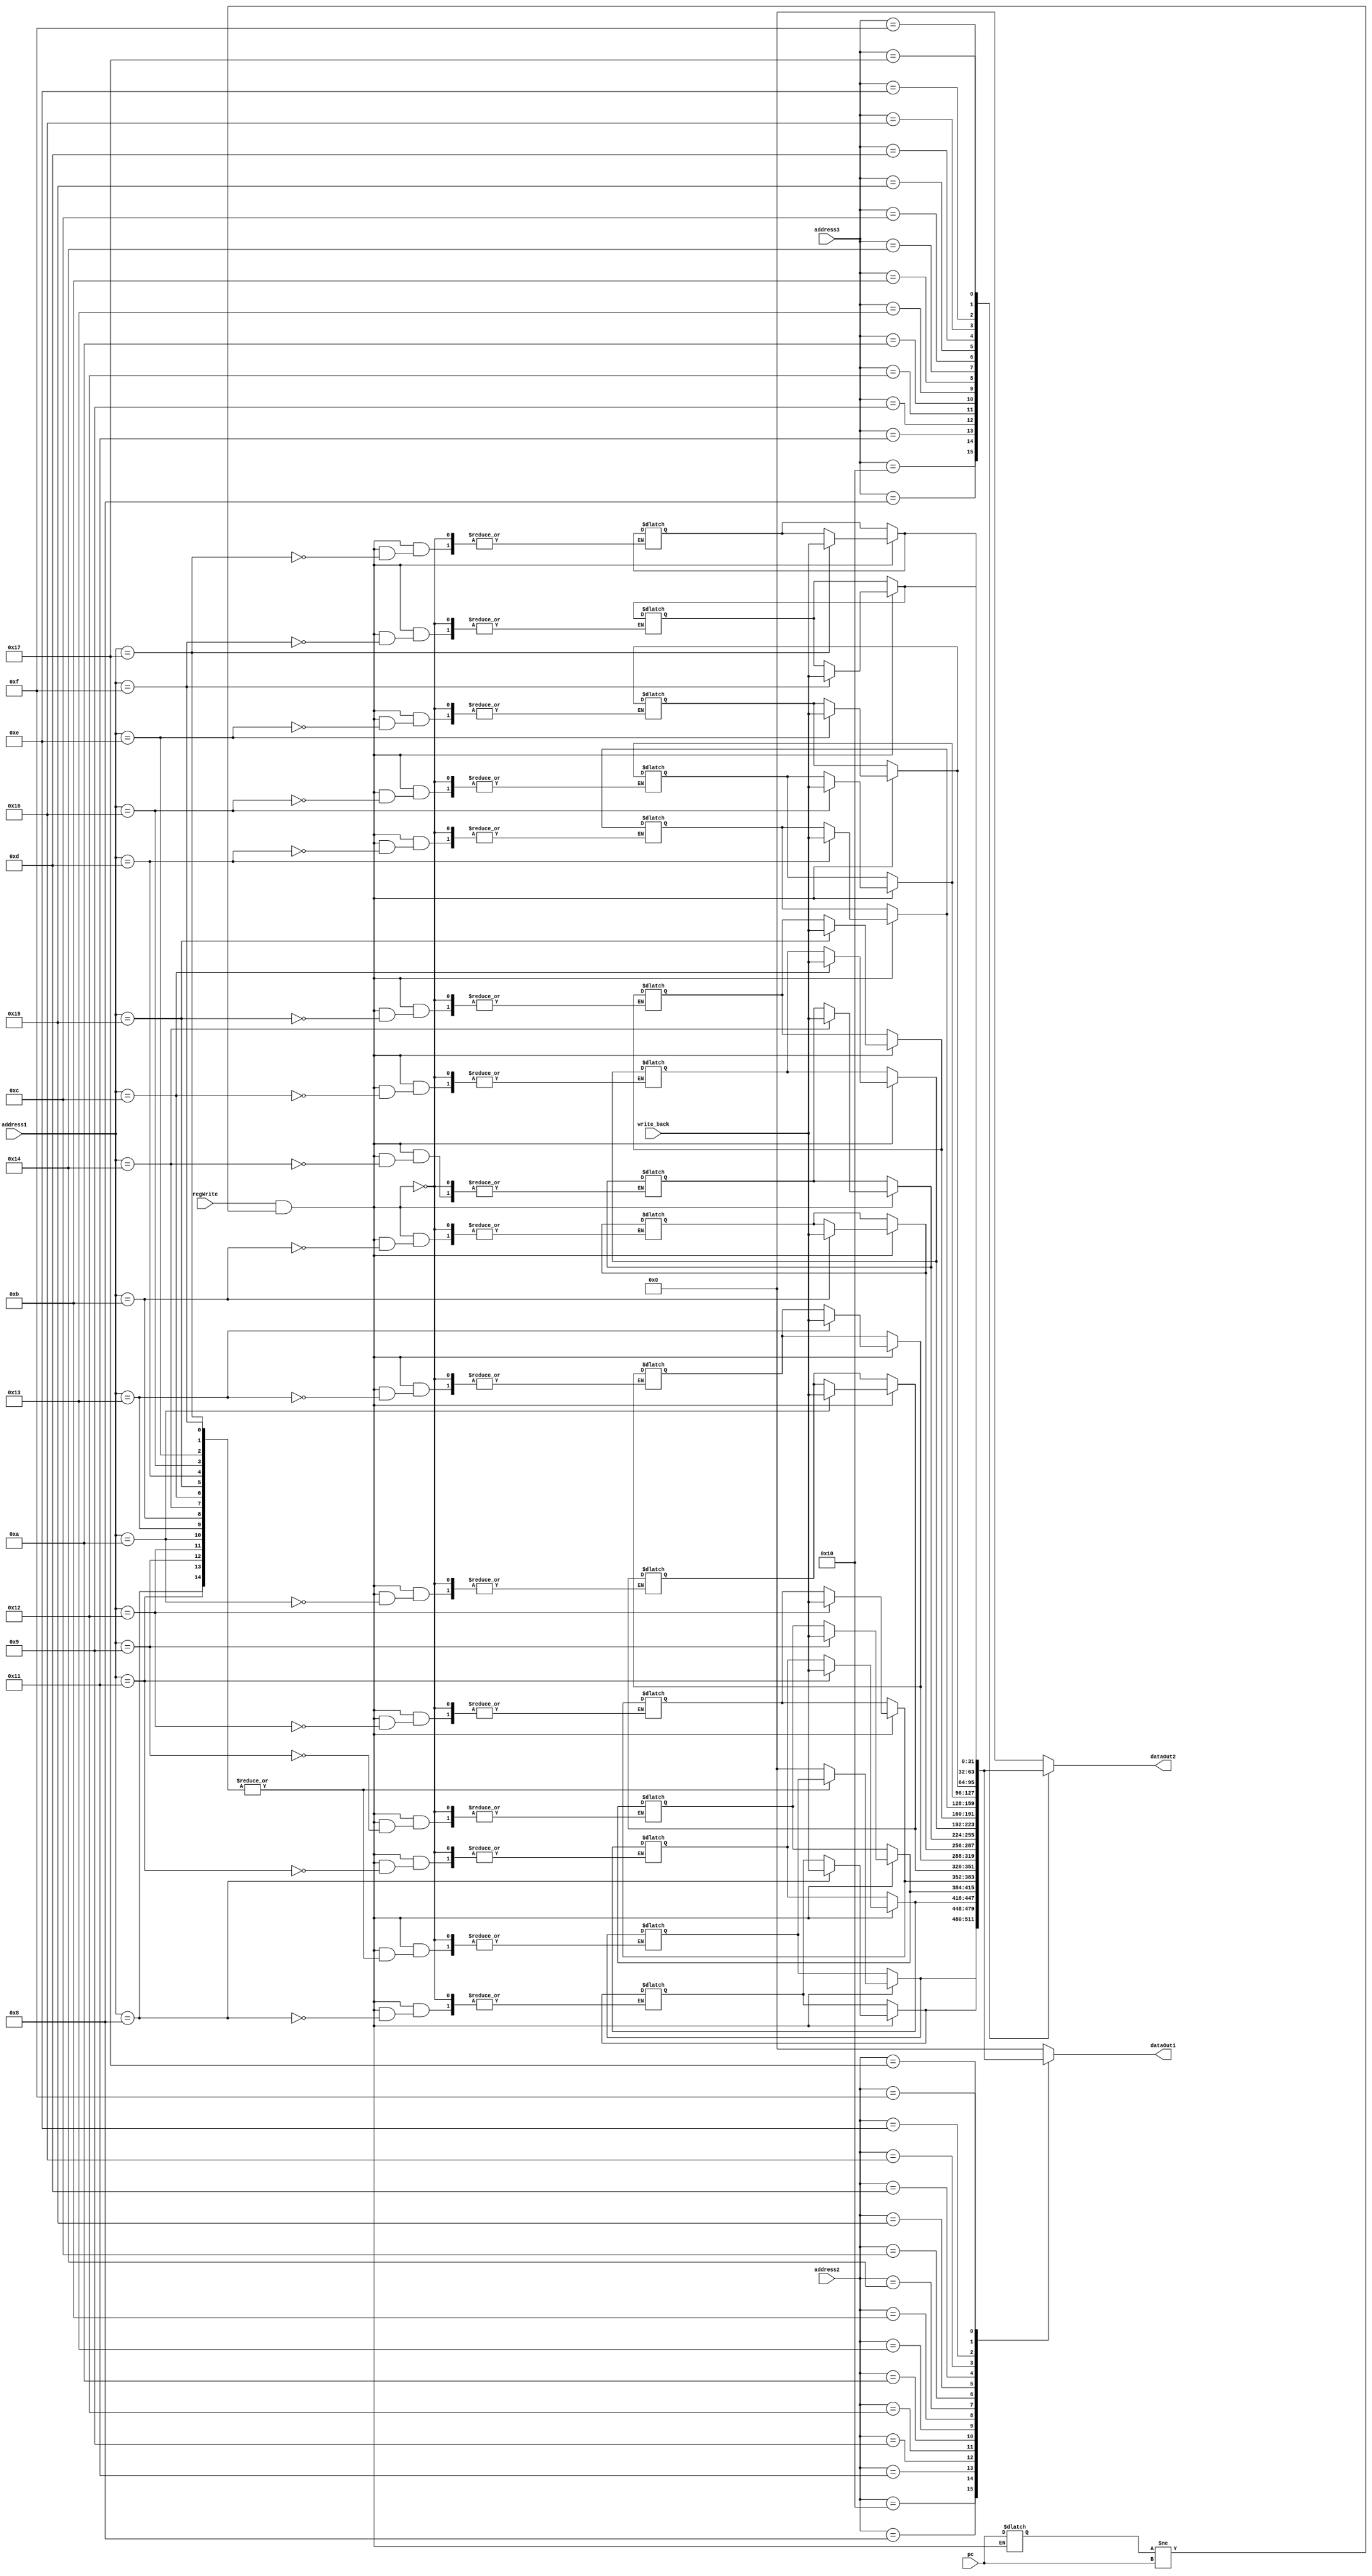
module Registers(pc,regWrite,write_back,address1,address2,address3,dataOut1,dataOut2);
    input regWrite;
    input [31:0] pc;
    input [4:0] address1,address2,address3;
    input [31:0] write_back;

    output reg [31:0] dataOut1;
    output reg [31:0] dataOut2;

    reg [31:0] registers[23:0];
    reg [31:0] count;

    initial begin
        registers[8]=32'b0;
        registers[9]=32'b0;
        registers[10]=32'b0;
        registers[11]=32'b0;
        registers[12]=32'b0;
        registers[13]=32'b0;
        registers[14]=32'b0;
        registers[15]=32'b0;
        registers[16]=32'b0;
        registers[17]=32'b0;
        registers[18]=32'b0;
        registers[19]=32'b0;
        registers[20]=32'b0;
        registers[21]=32'b0;
        registers[22]=32'b0;
        registers[23]=32'b0;
        count=0;
    end

    always @ (*)
        begin

            if(regWrite==1 && count!=pc)
                begin
                    case(address1)
                              5'b01000 : registers[9]=write_back;
                              5'b10001 : registers[10]=write_back;
                              5'b01001 : registers[11]=write_back;
                              5'b10010 : registers[12]=write_back;
                              5'b01010 : registers[13]=write_back;
                              5'b10011 : registers[14]=write_back;
                              5'b01011 : registers[15]=write_back;
                              5'b10100 : registers[16]=write_back;
                              5'b01100 : registers[17]=write_back;
                              5'b10101 : registers[18]=write_back;
                              5'b01101 : registers[19]=write_back;
                              5'b10110 : registers[20]=write_back;
                              5'b01110 : registers[21]=write_back;
                              5'b10111 : registers[22]=write_back;
                              5'b01111 : registers[23]=write_back;
                              default : registers[8]=32'b0;
                    endcase
                count = pc;
                end

                case(address2)
                    5'b10000 : dataOut1=registers[8];
                    5'b01000 :  dataOut1=registers[9];
                    5'b10001 : dataOut1=registers[10];
                    5'b01001 : dataOut1=registers[11];
                    5'b10010 : dataOut1=registers[12];
                    5'b01010 : dataOut1=registers[13];
                    5'b10011 : dataOut1=registers[14];
                    5'b01011 : dataOut1=registers[15];
                    5'b10100 : dataOut1=registers[16];
                    5'b01100 : dataOut1=registers[17];
                    5'b10101 : dataOut1=registers[18];
                    5'b01101 : dataOut1=registers[19];
                    5'b10110 : dataOut1=registers[20];
                    5'b01110 : dataOut1=registers[21];
                    5'b10111 : dataOut1=registers[22];
                    5'b01111 : dataOut1=registers[23];
                    default : dataOut1=32'b0;
                endcase

            case(address3)
                5'b10000 : dataOut2=registers[8];
                5'b01000 : dataOut2=registers[9];
                5'b10001 : dataOut2=registers[10];
                5'b01001 : dataOut2=registers[11];
                5'b10010 : dataOut2=registers[12];
                5'b01010 : dataOut2=registers[13];
                5'b10011 : dataOut2=registers[14];
                5'b01011 : dataOut2=registers[15];
                5'b10100 : dataOut2=registers[16];
                5'b01100 : dataOut2=registers[17];
                5'b10101 : dataOut2=registers[18];
                5'b01101 : dataOut2=registers[19];
                5'b10110 : dataOut2=registers[20];
                5'b01110 : dataOut2=registers[21];
                5'b10111 : dataOut2=registers[22];
                5'b01111 : dataOut2=registers[23];
                default : dataOut2=32'b0;
            endcase

            /*
                $display("out1,out2,addr2,addr3= %d %d %d %d",dataOut1,dataOut2,address2,address3);
                $display("\nregisters:\n s0=%b t0=%b\n s1=%b t1=%b\n s2=%b t2=%b\n s3=%b t3=%b\n s4=%b t4=%b\n s5=%b t5=%b\n s6=%b t6=%b\n s7=%b t7=%b\n",registers[8],registers[9],registers[10],registers[11],registers[12],
                registers[13],registers[14],registers[15],registers[16],registers[17],registers[18],registers[19],registers[20],registers[21],registers[22],
                registers[23]);
            */
        end
endmodule